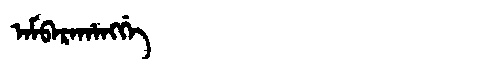
Manchu: ᠠᠮᠪᠠᡵᠠᡥᠠᠩᡤᡝ
Romanization: AMBARAHANGGE